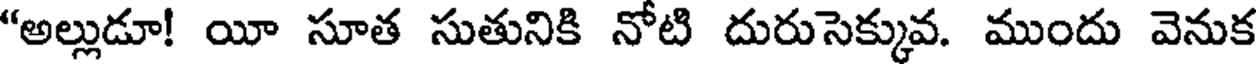
"అల్లుడూ! యీ సూత సుతునికి నోటి దురుసెక్కువ. ముందు వెనుక